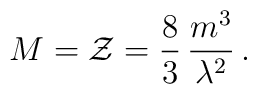
M={\cal Z}= \frac{8}{3}\,\frac{m^3}{\lambda^2}\,.